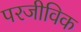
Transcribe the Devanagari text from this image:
परजीविक